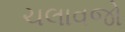
ચલાવજો